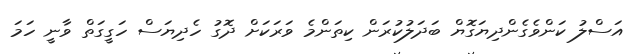
އަސްލު ކަންވެގެންދިޔަގޮޔް ބަދަލުކުރަން ކިތަންމެ ވަރަކަށް ދޮގު ހެދިޔަސް ހަގީގަތް ވާނީ ހަމަ